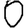
Digit: 0